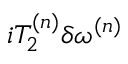
i T _ { 2 } ^ { ( n ) } \delta \omega ^ { ( n ) }